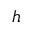
h